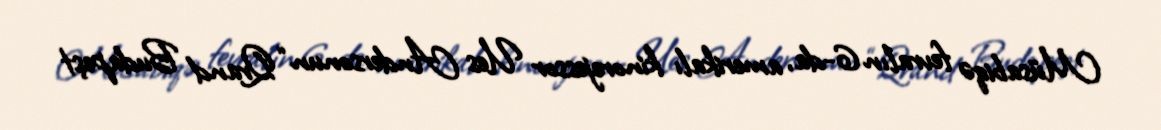
Müsabiqə fevralın 6-da, amerikalı kinorejessor Ues Andersonun “Qrand Budapeşt